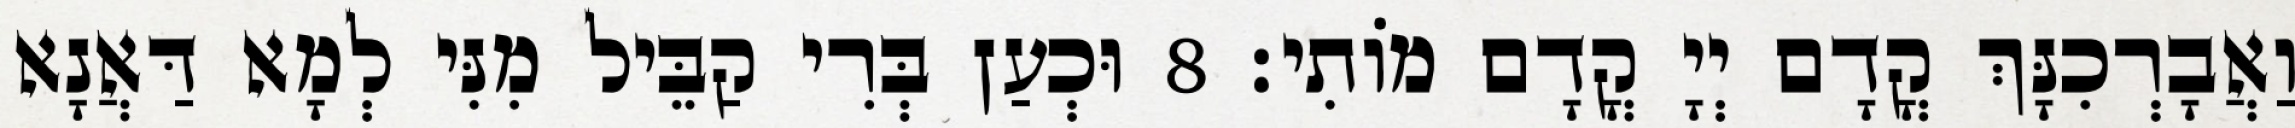
וַאֲבָרְכִנָּךְ קֳדָם יְיָ קֳדָם מוֹתִי׃ 8 וּכְעַן בְּרִי קַבֵּיל מִנִּי לְמָא דַּאֲנָא